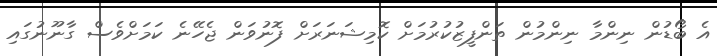
އެ ބޯޑުން ނިންމާ ނިންމުން ތަންފީޒުކުރުމަށް ކޮމިޝަނަރަށް ފޮނުވަން ޖެހޭނެ ކަމަށްވެސް ގާނޫނުގައި